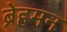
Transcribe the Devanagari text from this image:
ब्रेहमन